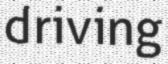
driving